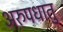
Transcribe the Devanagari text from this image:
अरुपधातु